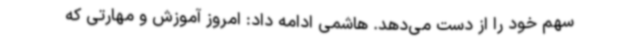
سهم خود را از دست می‌دهد. هاشمی ادامه داد: امروز آموزش و مهارتی که